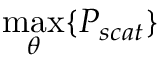
\operatorname* { m a x } _ { \theta } \{ P _ { s c a t } \}